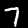
Label: 7